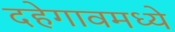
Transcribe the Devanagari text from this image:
दहेगावमध्ये